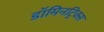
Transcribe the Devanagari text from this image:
डॉमिनट्रिक्स